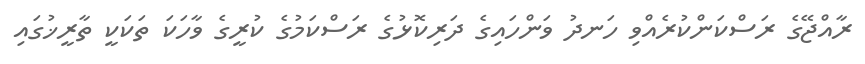
ރާއްޖޭގެ ރަސްކަންކުރެއްވި ހަނދު ވަންހައިގެ ދަރިކޮޅުގެ ރަސްކަމުގެ ކުރީގެ ވާހަކަ ތަކަކީ ތާރީޚުގައި